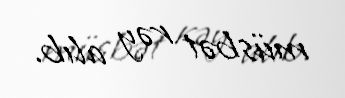
müsbət rəy alıb.